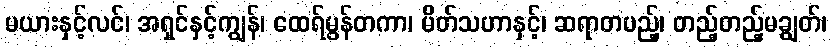
မယားနှင့်လင်၊ အရှင်နှင့်ကျွန်၊ ထေရ်မွန်တကာ၊ မိတ်သဟာနှင့်၊ ဆရာတပည့်၊ တည့်တည့်မချွတ်၊